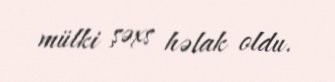
mülki şəxs həlak oldu.